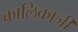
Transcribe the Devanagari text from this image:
कालिकाजी